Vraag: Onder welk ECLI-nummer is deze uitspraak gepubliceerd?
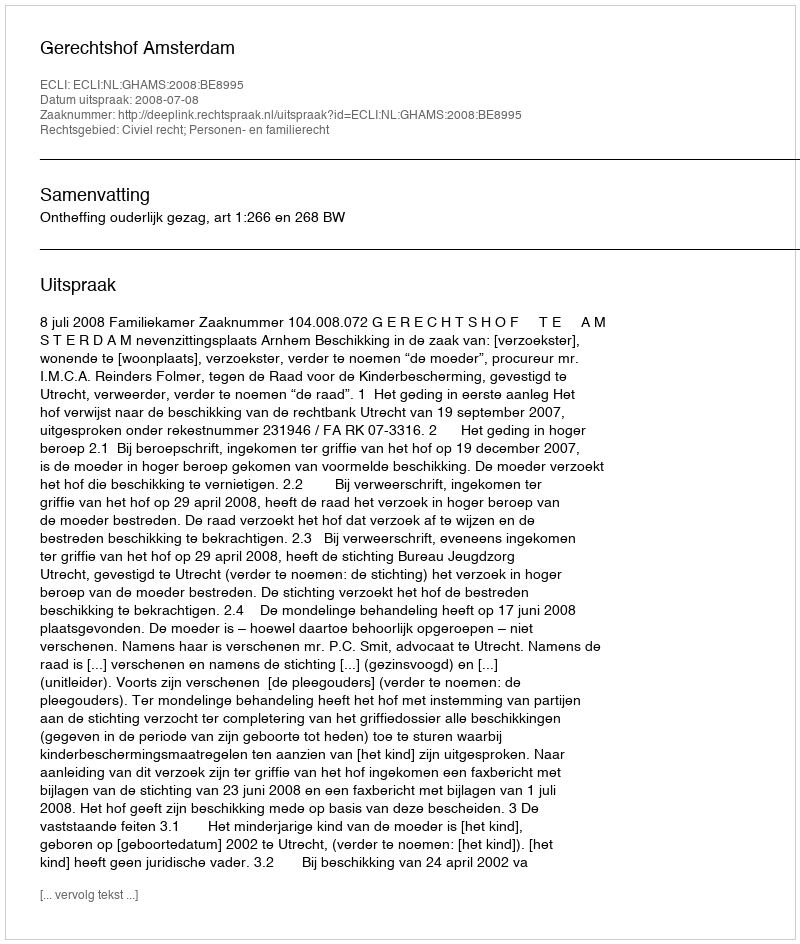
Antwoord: ECLI:NL:GHAMS:2008:BE8995